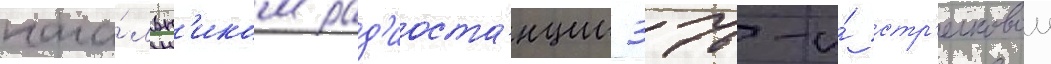
нача́льн'иком рад'иоста́нции 376-и́ стр'елковои